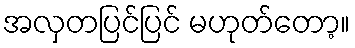
အလှတပြင်ပြင် မဟုတ်တော့။